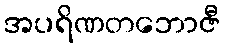
အပရိဏတဘောဇီ